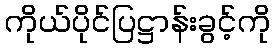
ကိုယ်ပိုင်ပြဋ္ဌာန်းခွင့်ကို